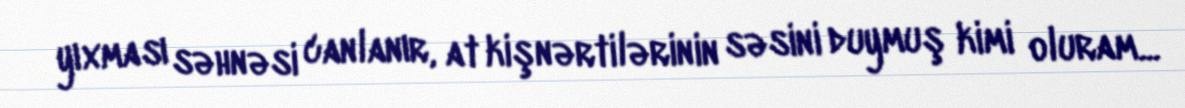
yıxması səhnəsi canlanır, at kişnərtilərinin səsini duymuş kimi oluram...